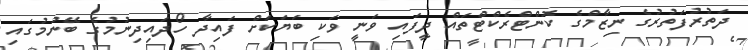
ދަތުރުފަތުރުގެ ނިޒާމްގެ ކޮންޓްރެކްޓްތައް ދީފައި ވަނީ ވަކި ބަޔަކަށް ފައިދާ ހޯދައިދިނުމުގެ ބޭނުމުގައި